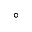
^ \circ